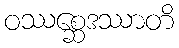
ဝဿစ္ဆေဒဿာတိ